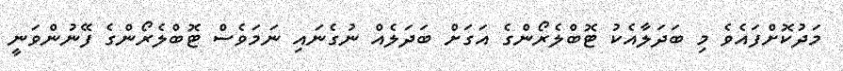
މަދުކޮށްފައެވެ މި ބަދަލާއެކު ޓޮބްލެރޯންގެ އަގަށް ބަދަލެއް ނުގެނައި ނަމަވެސް ޓޮބްލެރޯންގެ ފޭނުންވަނީ